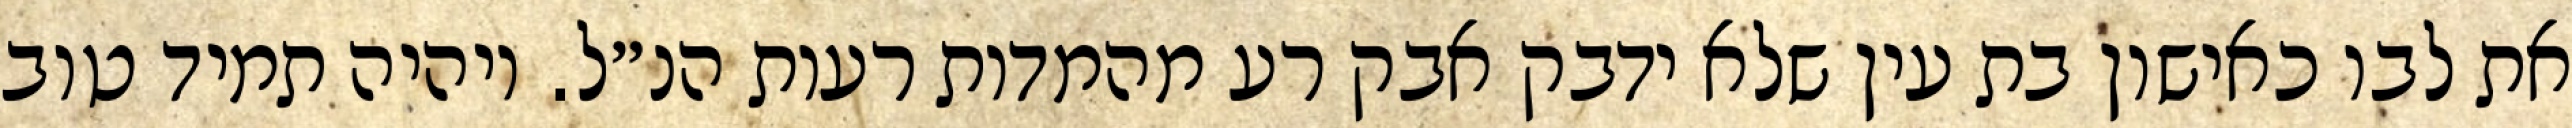
את לבו כאישון בת עין שלא ידבק אבק רע מהמדות רעות הנ״ל. ויהיה תמיד טוב